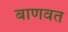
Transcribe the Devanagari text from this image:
बाणवत